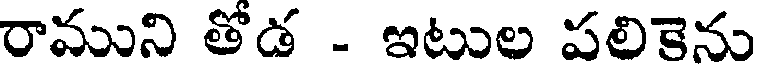
రాముని తోడ - ఇటుల పలికెను